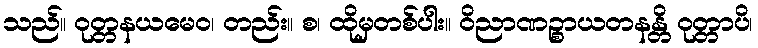
သည်။ ဝုတ္တနယမေဝ၊ တည်း။ စ၊ ထိုမှတစ်ပါး။ ဝိညာဏဉ္စာယတနန္တိ ဝုတ္တာပိ၊